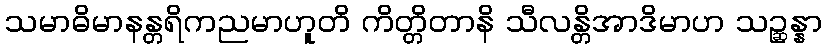
သမာဓိမာနန္တရိကညမာဟူတိ ကိတ္တိတာနိ သီလန္တိအာဒိမာဟ သဉ္ဆန္နာ